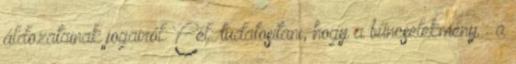
áldozatainak jogairól: Cél: tudatosítani, hogy a bűncselekmény : a